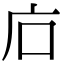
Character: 𢇞